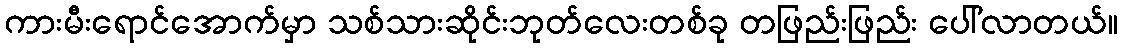
ကားမီးရောင်အောက်မှာ သစ်သားဆိုင်းဘုတ်လေးတစ်ခု တဖြည်းဖြည်း ပေါ်လာတယ်။